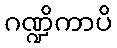
ဂဏ္ဍိကာပိ